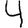
Digit: 4